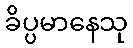
ခိပ္ပမာနေသု